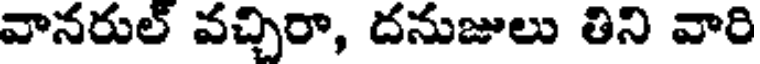
వానరుల్ వచ్చిరా, దనుజులు తిని వారి